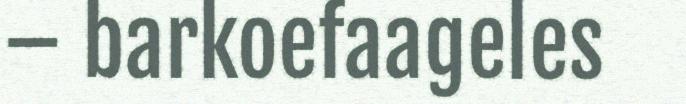
– barkoefaageles